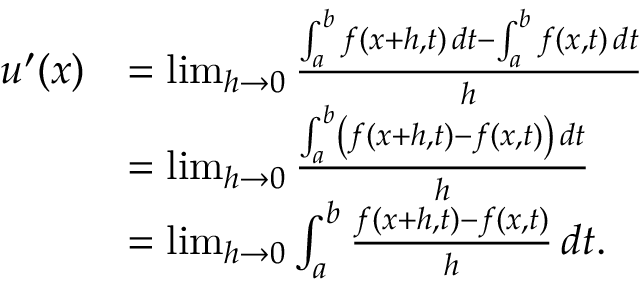
{ \begin{array} { r l } { u ^ { \prime } ( x ) } & { = \operatorname* { l i m } _ { h \to 0 } { \frac { \int _ { a } ^ { b } f ( x + h , t ) \, d t - \int _ { a } ^ { b } f ( x , t ) \, d t } { h } } } \\ & { = \operatorname* { l i m } _ { h \to 0 } { \frac { \int _ { a } ^ { b } \left( f ( x + h , t ) - f ( x , t ) \right) \, d t } { h } } } \\ & { = \operatorname* { l i m } _ { h \to 0 } \int _ { a } ^ { b } { \frac { f ( x + h , t ) - f ( x , t ) } { h } } \, d t . } \end{array} }